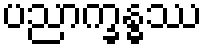
ပညာက္ခန္ဓဿ